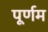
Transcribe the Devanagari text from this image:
पूर्णम